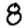
Digit: 8